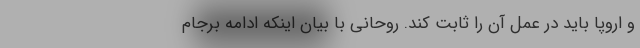
و اروپا باید در عمل آن را ثابت کند. روحانی با بیان اینکه ادامه برجام